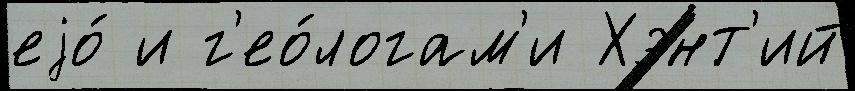
еjо́ и г'ео́логам'и Хэнт'ий